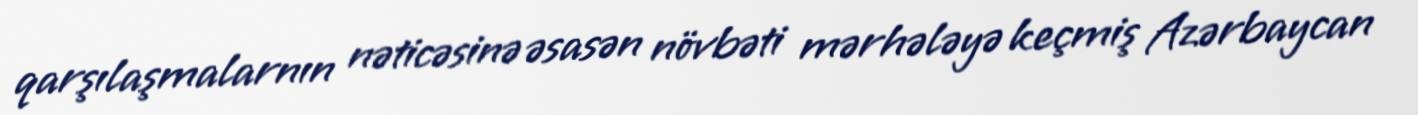
qarşılaşmalarnın nəticəsinə əsasən növbəti mərhələyə keçmiş Azərbaycan